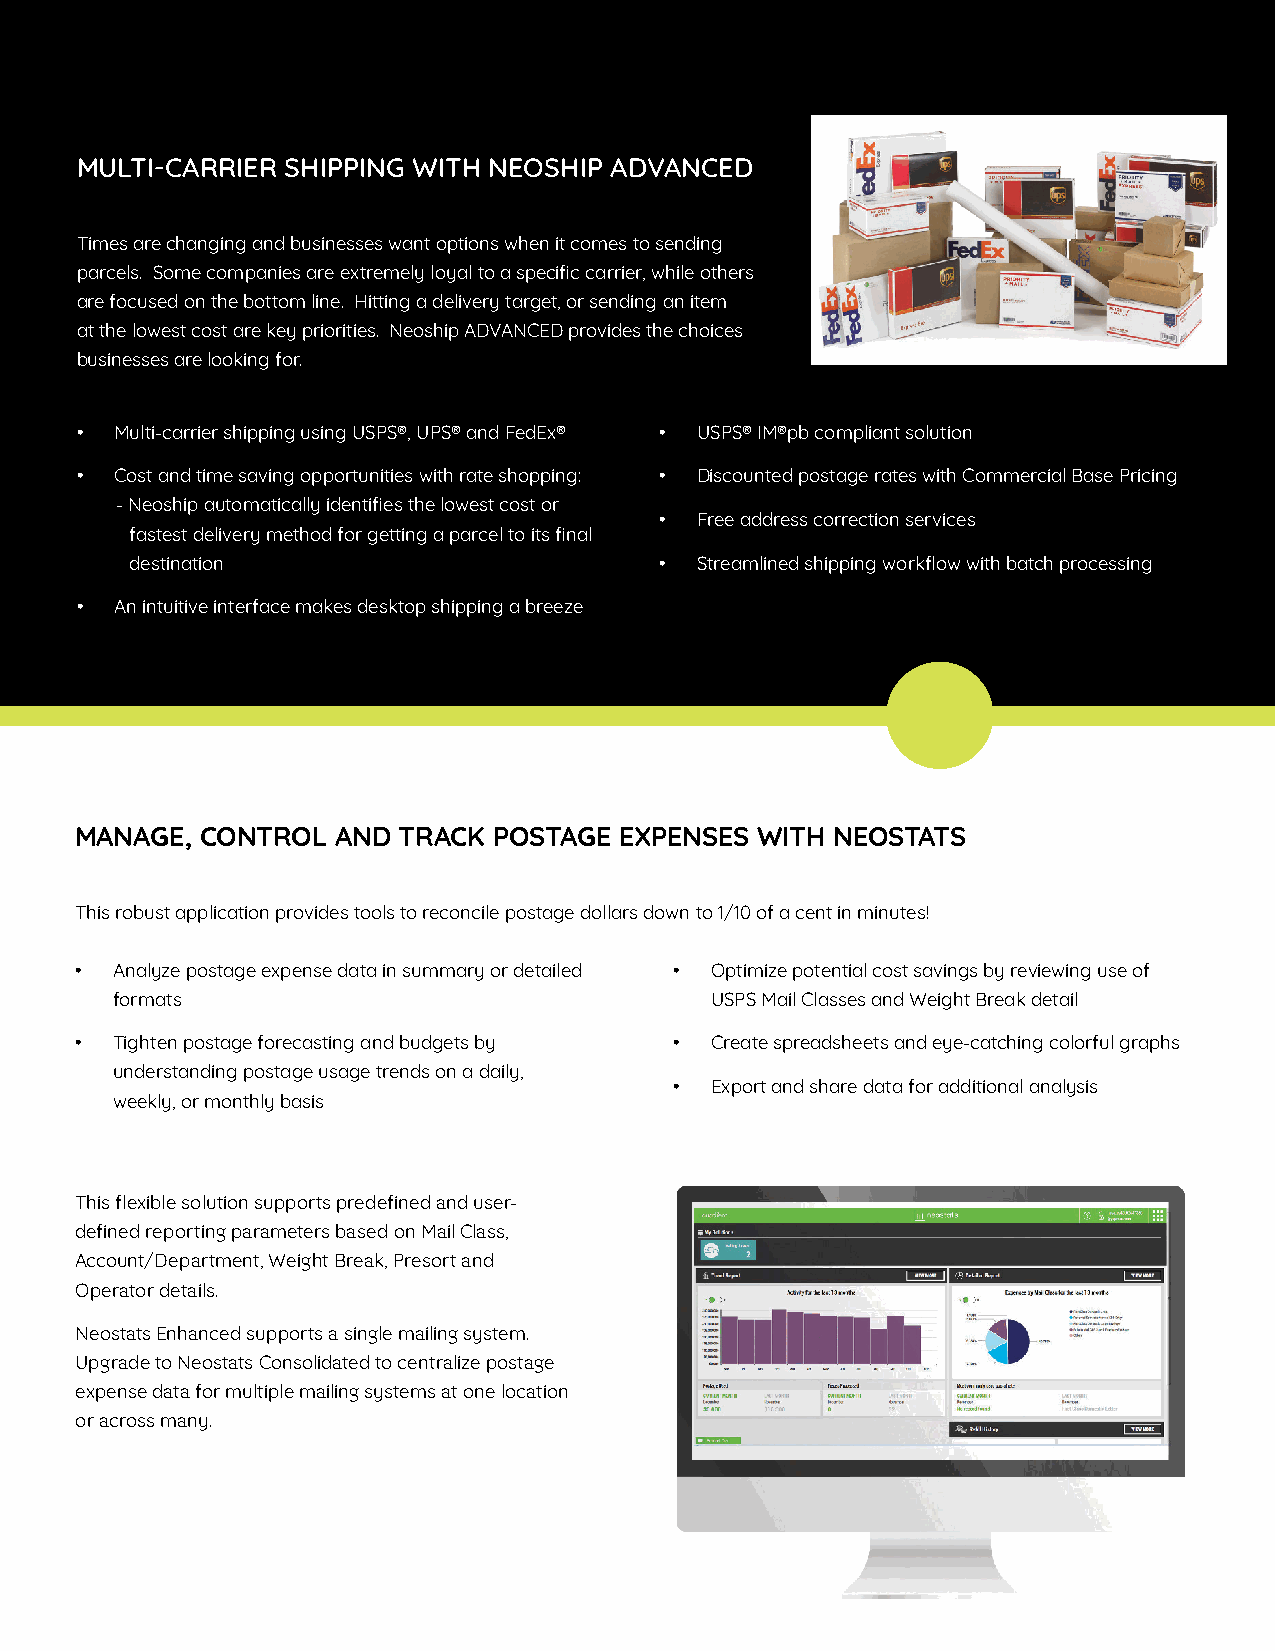
iX-7 Series with Neoship and Neostats
 MULTI-CARRIER SHIPPING WITH NEOSHIP ADVANCED
 Times are changing and businesses want options when it comes to sending
 parcels. Some companies are extremely loyal to a specific carrier, while others
 are focused on the bottom line. Hitting a delivery target, or sending an item
 at the lowest cost are key priorities. Neoship ADVANCED provides the choices
 businesses are looking for.
 •  Multi-carrier shipping using USPS®, UPS® and FedEx® • USPS® IM®pb compliant solution
 •  Cost and time saving opportunities with rate shopping: • Discounted postage rates with Commercial Base Pricing
 -Neoship automatically identifies the lowest cost or
 • Free address correction services
 fastest delivery method for getting a parcel to its final
 destination                        • Streamlined shipping workflow with batch processing
 •  An intuitive interface makes desktop shipping a breeze
 MANAGE, CONTROL  AND TRACK  POSTAGE EXPENSES WITH NEOSTATS
 This robust application provides tools to reconcile postage dollars down to 1/10 of a cent in minutes!
 • Analyze postage expense data in summary or detailed • Optimize potential cost savings by reviewing use of
 formats                                 USPS Mail Classes and Weight Break detail
 • Tighten postage forecasting and budgets by • Create spreadsheets and eye-catching colorful graphs
 understanding postage usage trends on a daily,
 • Export and share data for additional analysis
 weekly, or monthly basis
 This flexible solution supports predefined and user-
 defined reporting parameters based on Mail Class,
 Account/Department, Weight Break, Presort and
 Operator details.
 Neostats Enhanced supports a single mailing system.
 Upgrade to Neostats Consolidated to centralize postage
 expense data for multiple mailing systems at one location
 or across many.